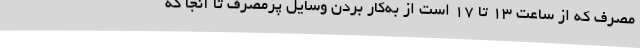
مصرف که از ساعت 13 تا 17 است از به‌کار بردن وسایل پرمصرف تا آنجا که